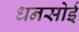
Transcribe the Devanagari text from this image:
धनसोई